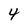
Character: 4